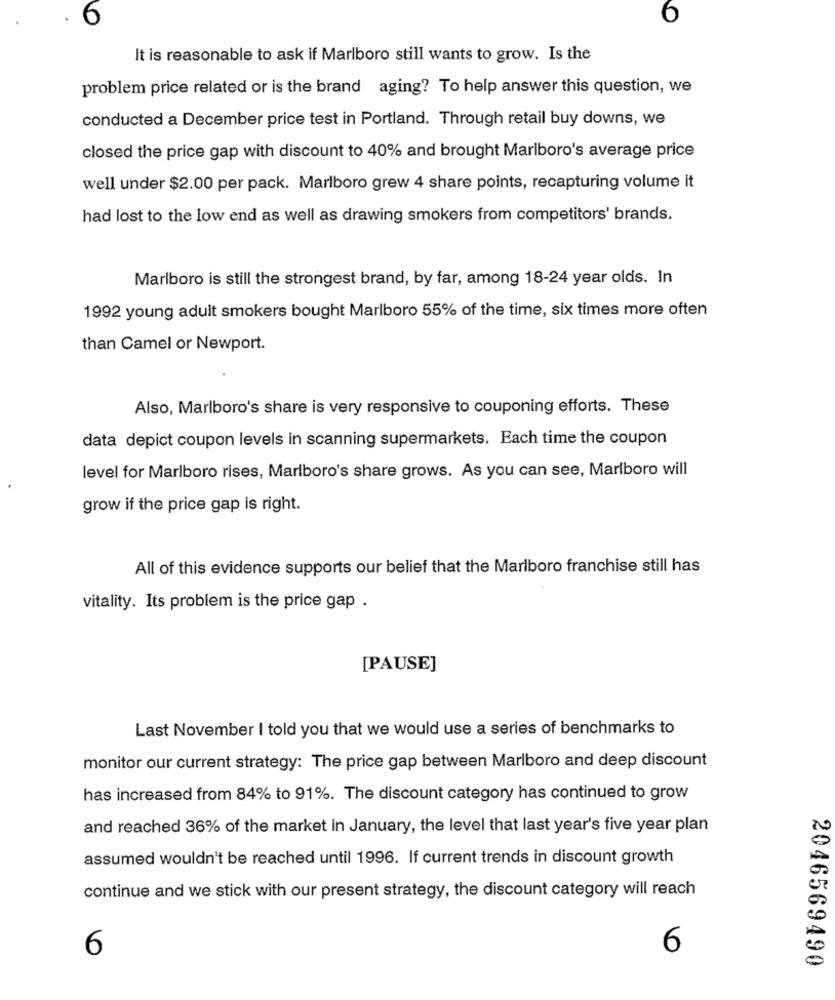
6
6
It is reasonable to ask if Marlboro still wants to grow. Is the
problem price related or is the brand aging? To help answer this question, we
conducted a December price test in Portland. Through retail buy downs, we
closed the price gap with discount to 40% and brought Marlboro's average price
well under $2.00 per pack. Marlboro grew 4 share points, recapturing volume it
had lost to the low end as well as drawing smokers from competitors' brands.
Marlboro is still the strongest brand, by far, among 18-24 year olds. In
1992 young adult smokers bought Marlboro 55% of the time, six times more often
than Camel or Newport.
Also, Marlboro's share is very responsive to couponing efforts. These
data depict coupon levels in scanning supermarkets. Each time the coupon
level for Marlboro rises, Marlboro's share grows. As you can see, Marlboro will
grow if the price gap is right.
All of this evidence supports our belief that the Marlboro franchise still has
vitality. Its problem is the price gap .
[PAUSE]
Last November I told you that we would use a series of benchmarks to
monitor our current strategy: The price gap between Marlboro and deep discount
has increased from 84% to 91%. The discount category has continued to grow
and reached 36% of the market in January, the level that last year's five year plan
assumed wouldn't be reached until 1996. If current trends in discount growth
continue and we stick with our present strategy, the discount category will reach
6
6
2046569490